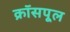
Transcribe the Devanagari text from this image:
क्रॉसपूल